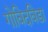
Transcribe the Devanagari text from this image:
गोविदविडा